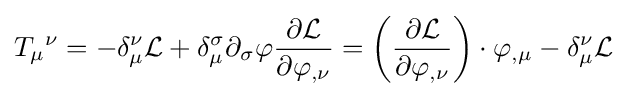
T_{\mu }{}^{\nu }=-\delta _{\mu }^{\nu }{\mathcal {L}}+\delta _{\mu }^{\sigma }\partial _{\sigma }\varphi {\frac {\partial {\mathcal {L}}}{\partial \varphi _{,\nu }}}=\left({\frac {\partial {\mathcal {L}}}{\partial \varphi _{,\nu }}}\right)\cdot \varphi _{,\mu }-\delta _{\mu }^{\nu }{\mathcal {L}}